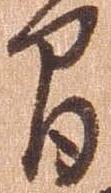
間